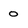
Character: 0